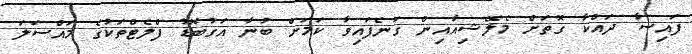
ފައިސާ ދައްކާ ގޮތަށް މެލޭޝިއާއިން ގަނެފައިވާ ކަމަށް ބުނާ އަގުބޮޑު ފްލެޓްތަކުގެ މައްސަލަ